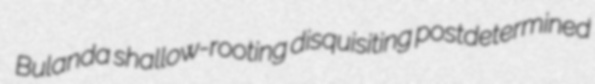
Bulanda shallow-rooting disquisiting postdetermined